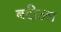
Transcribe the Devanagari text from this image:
बदीउल